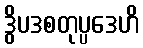
ဒွိပဒစတုပ္ပဒေဟိ